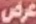
عرض